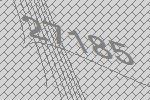
27185